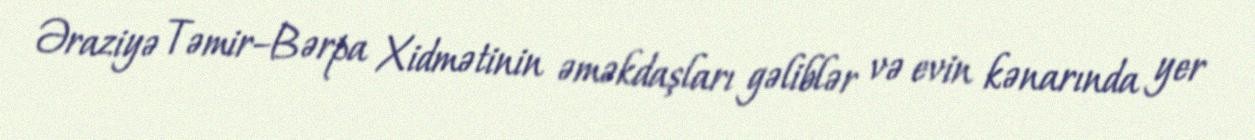
Əraziyə Təmir–Bərpa Xidmətinin əməkdaşları gəliblər və evin kənarında yer